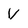
Character: v